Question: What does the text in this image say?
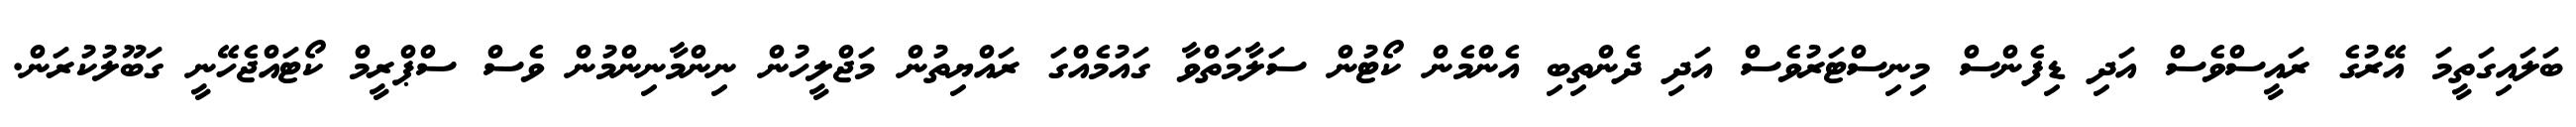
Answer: ބަލައިގަތީމަ އޭރުގެ ރައީސްވެސް އަދި ޑިފެންސް މިނިސްޓަރުވެސް އަދި ދެންތިބި އެންމެން ކޯޓުން ސަލާމަތްވާ ގައުމެއްގަ ރައްޔިތުން މަޖްލީހުން ނިންމާނިންމުން ވެސް ސްޕްރީމް ކޯޓައްޖެހޭނީ ގަބޫލުކުރަން.